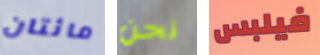
مائتان نحن فيلبس